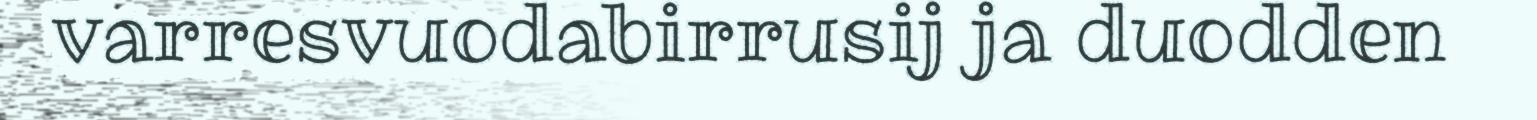
varresvuodabirrusij ja duodden